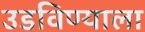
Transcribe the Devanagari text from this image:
उडविण्याला